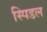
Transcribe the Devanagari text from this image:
स्पिडल